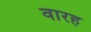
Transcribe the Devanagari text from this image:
वारह